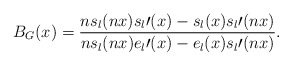
\begin{align*}B_G(x)=\frac{ns_l(nx)s_l \prime(x)-s_l(x)s_l \prime(nx)}{ns_l(nx)e_l \prime(x)-e_l(x)s_l \prime(nx)}.\end{align*}